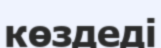
көздеді